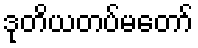
ဒုတိယတပ်မတော်